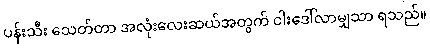
ပန်းသီး သေတ်တာ အလုံးလေးဆယ်အတွက် ငါးဒေါ်လာမျှသာ ရသည်။